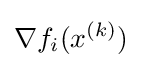
\nabla f_{i}(x^{(k)})